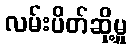
လမ်းပိတ်ဆို့မှု